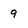
Character: 9